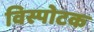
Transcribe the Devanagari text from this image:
विस्पोटक